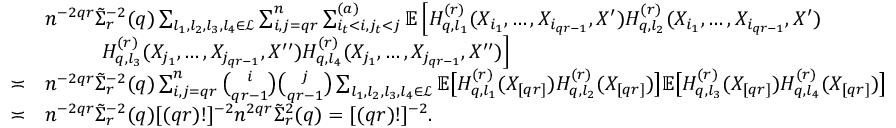
\begin{array} { r l } & { n ^ { - 2 q r } \tilde { \Sigma } _ { r } ^ { - 2 } ( q ) \sum _ { l _ { 1 } , l _ { 2 } , l _ { 3 } , l _ { 4 } \in \mathcal { L } } \sum _ { i , j = q r } ^ { n } \sum _ { i _ { t } < i , j _ { t } < j } ^ { ( a ) } \mathbb { E } \left[ H _ { q , l _ { 1 } } ^ { ( r ) } ( X _ { i _ { 1 } } , \ldots , X _ { i _ { q r - 1 } } , X ^ { \prime } ) H _ { q , l _ { 2 } } ^ { ( r ) } ( X _ { i _ { 1 } } , \ldots , X _ { i _ { q r - 1 } } , X ^ { \prime } ) \right. } \\ & { ~ ~ ~ ~ ~ ~ ~ ~ \left. H _ { q , l _ { 3 } } ^ { ( r ) } ( X _ { j _ { 1 } } , \ldots , X _ { j _ { q r - 1 } } , X ^ { \prime \prime } ) H _ { q , l _ { 4 } } ^ { ( r ) } ( X _ { j _ { 1 } } , \ldots , X _ { j _ { q r - 1 } } , X ^ { \prime \prime } ) \right] } \\ { \asymp } & { n ^ { - 2 q r } \tilde { \Sigma } _ { r } ^ { - 2 } ( q ) \sum _ { i , j = q r } ^ { n } \binom { i } { q r - 1 } \binom { j } { q r - 1 } \sum _ { l _ { 1 } , l _ { 2 } , l _ { 3 } , l _ { 4 } \in \mathcal { L } } \mathbb { E } \big [ H _ { q , l _ { 1 } } ^ { ( r ) } ( X _ { [ q r ] } ) H _ { q , l _ { 2 } } ^ { ( r ) } ( X _ { [ q r ] } ) \big ] \mathbb { E } \big [ H _ { q , l _ { 3 } } ^ { ( r ) } ( X _ { [ q r ] } ) H _ { q , l _ { 4 } } ^ { ( r ) } ( X _ { [ q r ] } ) \big ] } \\ { \asymp } & { n ^ { - 2 q r } \tilde { \Sigma } _ { r } ^ { - 2 } ( q ) [ ( q r ) ! ] ^ { - 2 } n ^ { 2 q r } \tilde { \Sigma } _ { r } ^ { 2 } ( q ) = [ ( q r ) ! ] ^ { - 2 } . } \end{array}